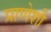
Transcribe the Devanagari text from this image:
प्राणेशी